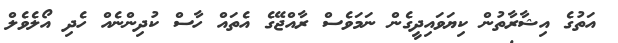
އަތުގެ އިޝާރާތުން ކިޔަވައިދީގެން ނަމަވެސް ރާއްޖޭގެ އެތައް ހާސް ކުދިންނެއް ހެދި އޯލެވެލް